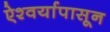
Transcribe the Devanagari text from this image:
ऐश्वर्यापासून